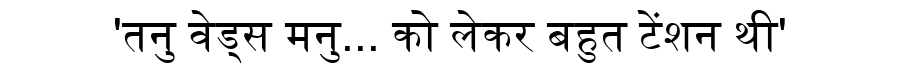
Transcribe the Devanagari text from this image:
'तनु वेड्स मनु... को लेकर बहुत टेंशन थी'